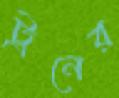
ট্রনের